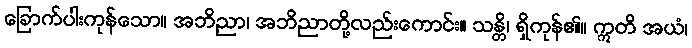
ခြောက်ပါးကုန်သော။ အဘိညာ၊ အဘိညာတို့လည်းကောင်း။ သန္တိ၊ ရှိကုန်၏။ ဣတိ အယံ၊